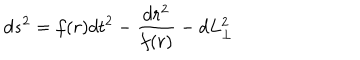
d s ^ { 2 } = f ( r ) d t ^ { 2 } - \frac { d r ^ { 2 } } { f ( r ) } - d L _ { \perp } ^ { 2 }